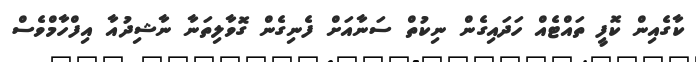
ކާގެއިން ކޮފީ ތައްޓެއް ހަދައިގެން ނިކުތް ސަނާއަށް ފެނިގެން ގޮވާލިތަނާ ނާޝިދުއާ އިފްހާމްވެސް